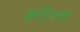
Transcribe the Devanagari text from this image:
शरीरचना